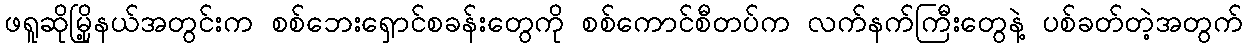
ဖရူဆိုမြို့နယ်အတွင်းက စစ်ဘေးရှောင်စခန်းတွေကို စစ်ကောင်စီတပ်က လက်နက်ကြီးတွေနဲ့ ပစ်ခတ်တဲ့အတွက်